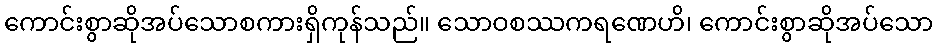
ကောင်းစွာဆိုအပ်သောစကားရှိကုန်သည်။ သောဝစဿကရဏေဟိ၊ ကောင်းစွာဆိုအပ်သော